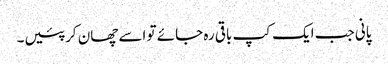
پانی جب ایک کپ باقی رہ جائے تو اسے چھان کر پئیں۔